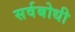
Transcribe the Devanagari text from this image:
सर्वबोधी